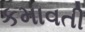
કમાવતી